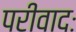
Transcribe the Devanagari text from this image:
परीवादः